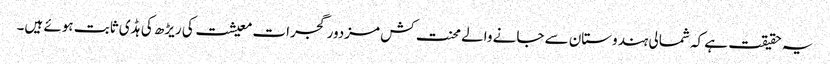
یہ حقیقت ہے کہ شمالی ہندوستان سے جانے والے محنت کش مزدور گجرات معیشت کی ریڑھ کی ہڈی ثابت ہوئے ہیں۔